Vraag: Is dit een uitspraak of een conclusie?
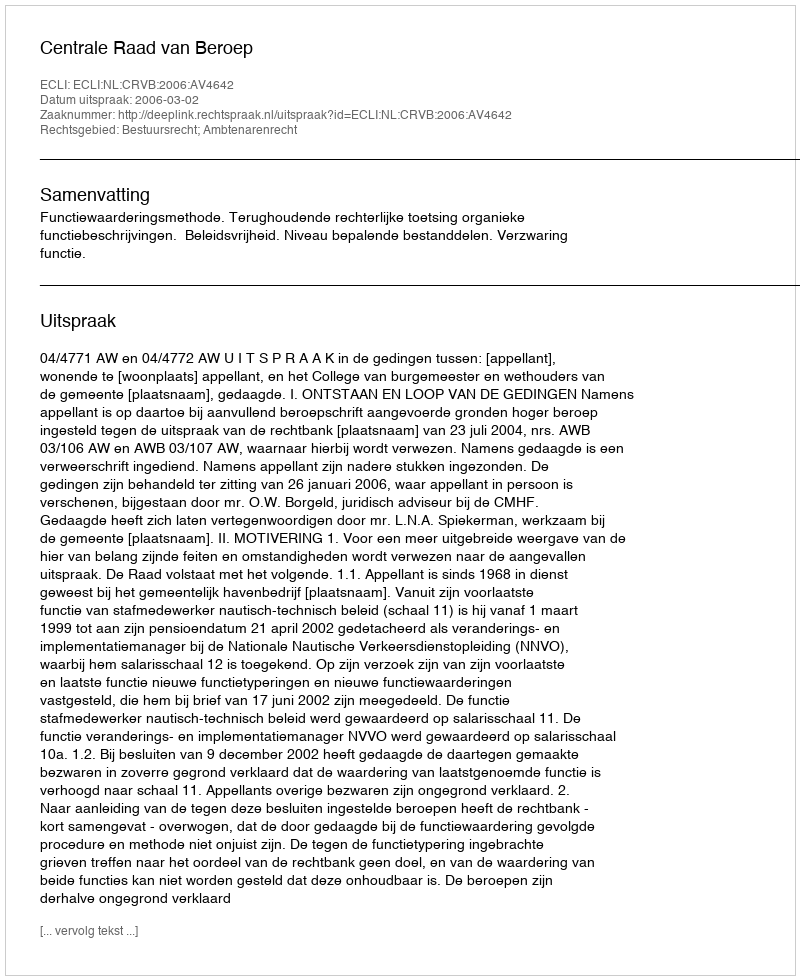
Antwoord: Uitspraak